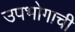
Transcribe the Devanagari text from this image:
उपभोगाची